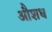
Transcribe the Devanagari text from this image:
औशध